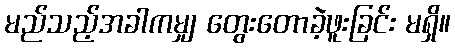
မည်သည့်အခါကမျှ တွေးတောခဲ့ဖူးခြင်း မရှိ။